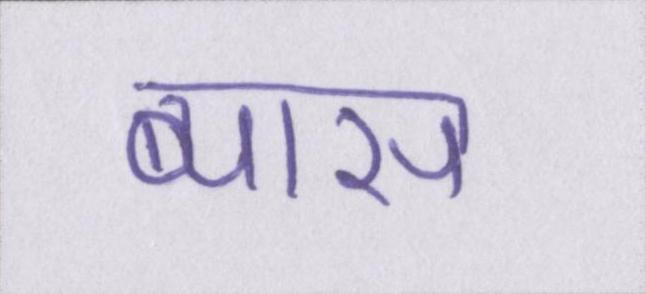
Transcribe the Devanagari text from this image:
ब्यास